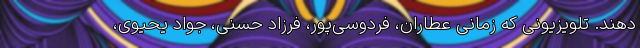
‌دهند. تلویزیونی که زمانی عطاران، فردوسی‌پور، فرزاد حسنی، جواد یحیوی،